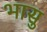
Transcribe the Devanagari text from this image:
भासु